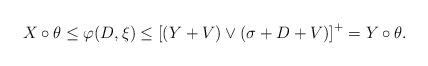
LaTeX: \begin{align*} X \circ \theta &\leq \varphi(D,\xi) \leq \left[(Y+V) \vee (\sigma + D +V) \right]^+ = Y \circ \theta.\end{align*}